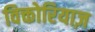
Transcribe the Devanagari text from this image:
विक्तोरियाज़